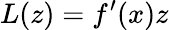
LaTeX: L(z)=f^{\prime}(x)z